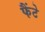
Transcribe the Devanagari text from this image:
फैंटे